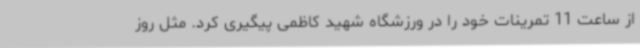
از ساعت 11 تمرینات خود را در ورزشگاه شهید کاظمی پیگیری کرد. مثل روز